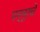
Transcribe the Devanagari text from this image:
पन्नूरचे